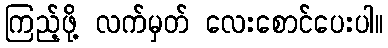
ကြည့်ဖို့ လက်မှတ် လေးစောင်ပေးပါ။